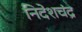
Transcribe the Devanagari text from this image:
निदेशचंद्र